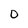
Character: D